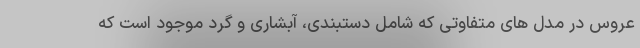
عروس در مدل های متفاوتی که شامل دستبندی، آبشاری و گرد موجود است که